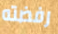
رفضته